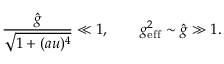
\frac { \hat { g } } { \sqrt { 1 + ( a u ) ^ { 4 } } } \ll 1 , \qquad g _ { \mathrm { e f f } } ^ { 2 } \sim \hat { g } \gg 1 .